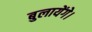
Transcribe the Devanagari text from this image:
बुलायेंगे।